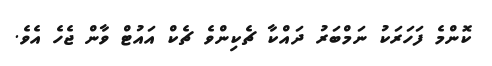
ކޮންމެ ފަހަރަކު ނަމްބަރު ދައްކާ ޗެކިންވެ ޗެކް އައުޓް ވާން ޖެހެ އެވެ.